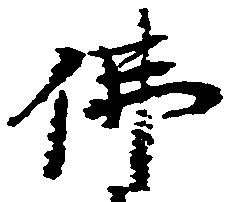
仏